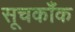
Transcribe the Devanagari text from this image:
सूचकाँक